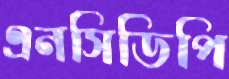
এনসিডিপি